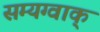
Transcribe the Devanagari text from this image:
सम्यग्वाक्